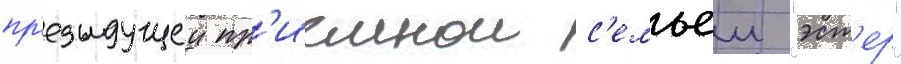
пр'едыдущеи пр'иемнои с'емьеи "эст'ер"